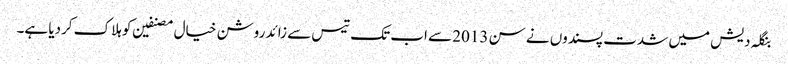
بنگلہ دیش میں شدت پسندوں نے سن 2013 سے اب تک تیس سے زائد روشن خیال مصنفین کو ہلاک کردیا ہے۔